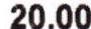
20.00